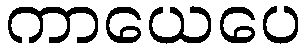
ကာယေပေ